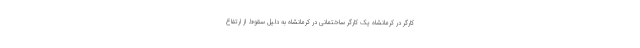
کارگر در کرمانشاه یک کارگر ساختمانی در کرمانشاه به دلیل سقوط از ارتفاع